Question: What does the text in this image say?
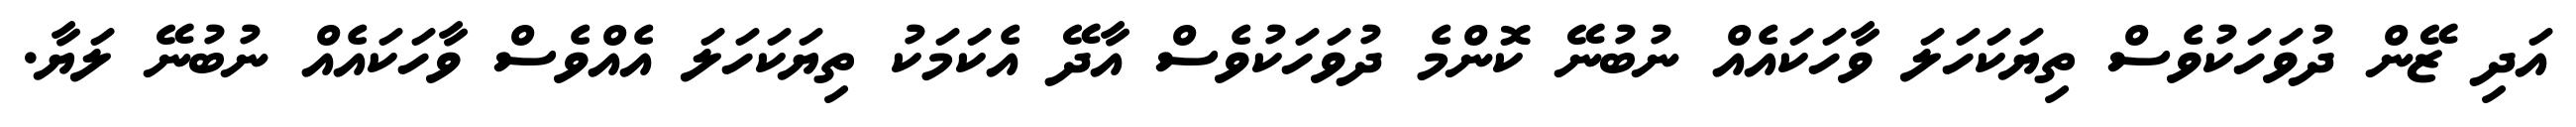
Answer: އަދި ޒޭން ދުވަހަކުވެސް ތިޔަކަހަލަ ވާހަކައެއް ނުބުނޭ ކޮންމެ ދުވަހަކުވެސް އާދޭ އެކަމަކު ތިޔަކަހަލަ އެއްވެސް ވާހަކައެއް ނުބުނޭ ލަޔާ.